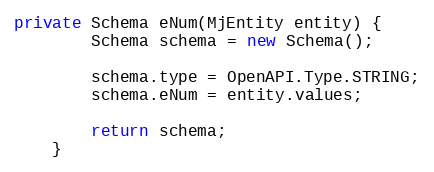
Language: Java
private Schema eNum(MjEntity entity) {
		Schema schema = new Schema();

		schema.type = OpenAPI.Type.STRING;
		schema.eNum = entity.values;

		return schema;
	}